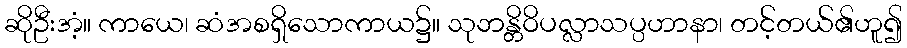
ဆိုဦးအံ့။ ကာယေ၊ ဆံအစရှိသောကာယ၌။ သုဘန္တိဝိပလ္လာသပ္ပဟာနာ၊ တင့်တယ်၏ဟူ၍